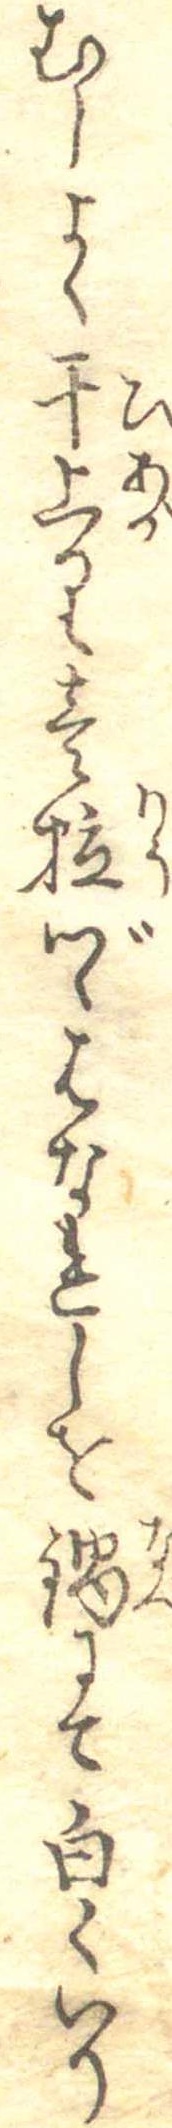
むしよく干上り壱粒づゝはなれしを鍋にて白くいり